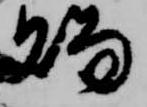
賜